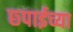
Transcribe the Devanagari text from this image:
छ्पाईच्या